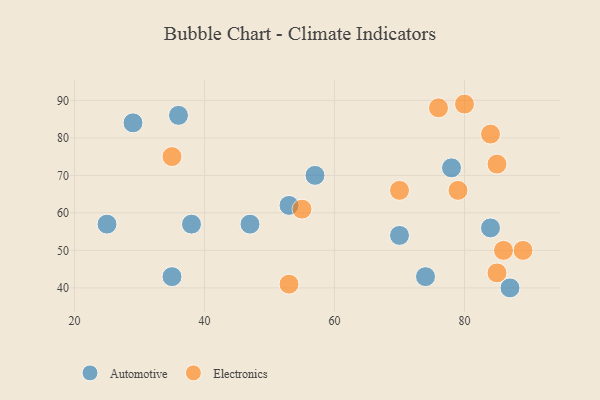
{"axis": {"x": "GDP", "y": "Life Expectancy"}, "legend": ["Automotive", "Electronics"], "data": [{"x": "74", "y": 43, "type": "Automotive"}, {"x": "78", "y": 72, "type": "Automotive"}, {"x": "47", "y": 57, "type": "Automotive"}, {"x": "38", "y": 57, "type": "Automotive"}, {"x": "25", "y": 57, "type": "Automotive"}, {"x": "29", "y": 84, "type": "Automotive"}, {"x": "87", "y": 40, "type": "Automotive"}, {"x": "57", "y": 70, "type": "Automotive"}, {"x": "36", "y": 86, "type": "Automotive"}, {"x": "70", "y": 54, "type": "Automotive"}, {"x": "35", "y": 43, "type": "Automotive"}, {"x": "84", "y": 56, "type": "Automotive"}, {"x": "53", "y": 62, "type": "Automotive"}, {"x": "76", "y": 88, "type": "Electronics"}, {"x": "89", "y": 50, "type": "Electronics"}, {"x": "35", "y": 75, "type": "Electronics"}, {"x": "79", "y": 66, "type": "Electronics"}, {"x": "80", "y": 89, "type": "Electronics"}, {"x": "86", "y": 50, "type": "Electronics"}, {"x": "55", "y": 61, "type": "Electronics"}, {"x": "85", "y": 44, "type": "Electronics"}, {"x": "53", "y": 41, "type": "Electronics"}, {"x": "84", "y": 81, "type": "Electronics"}, {"x": "85", "y": 73, "type": "Electronics"}, {"x": "70", "y": 66, "type": "Electronics"}]}